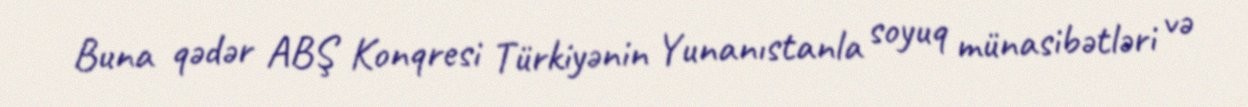
Buna qədər ABŞ Konqresi Türkiyənin Yunanıstanla soyuq münasibətləri və